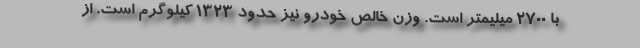
با 2700 میلیمتر است. وزن خالص خودرو نیز حدود 1323 کیلوگرم است. از